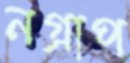
নগ্রাপ